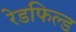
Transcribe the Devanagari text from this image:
रेडफिल्ड